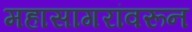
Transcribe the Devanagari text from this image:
महासागरांवरून